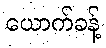
ယောက်ခန့်